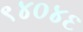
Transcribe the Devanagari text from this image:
९४०४६